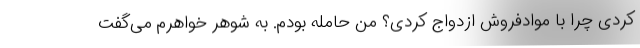
کردی چرا با موادفروش ازدواج کردی؟ من حامله بودم. به شوهر خواهرم می‌گفت